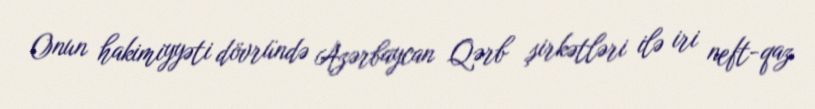
Onun hakimiyyəti dövründə Azərbaycan Qərb şirkətləri ilə iri neft-qaz